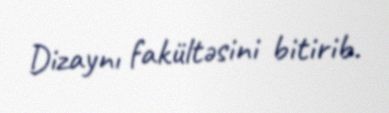
Dizaynı fakültəsini bitirib.